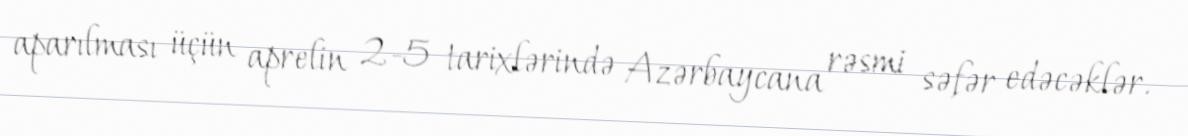
aparılması üçün aprelin 2-5 tarixlərində Azərbaycana rəsmi səfər edəcəklər.